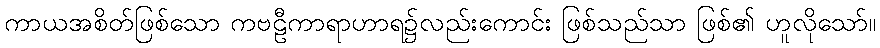
ကာယအစိတ်ဖြစ်သော ကဗဠီကာရာဟာရ၌လည်းကောင်း ဖြစ်သည်သာ ဖြစ်၏ ဟူလိုသော်။